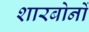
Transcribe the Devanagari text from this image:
शारबोनों